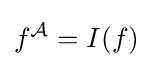
f^{\mathcal {A}}=I(f)